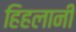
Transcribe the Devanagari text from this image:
हिहलानी